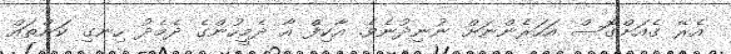
އެރޭ ގެއަށްގޮސް އަހަރެންނަށް ނުނިދުނެވެ. އާކިފް އާ ދެމީހުންގެ ދެމެދު ހިނގި ކަންތައް